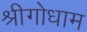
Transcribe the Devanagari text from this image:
श्रीगोधाम